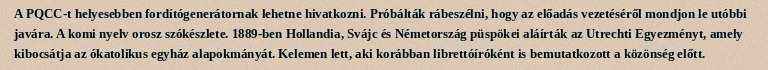
A PQCC-t helyesebben fordítógenerátornak lehetne hivatkozni. Próbálták rábeszélni, hogy az előadás vezetéséről mondjon le utóbbi javára. A komi nyelv orosz szókészlete. 1889-ben Hollandia, Svájc és Németország püspökei aláírták az Utrechti Egyezményt, amely kibocsátja az ókatolikus egyház alapokmányát. Kelemen lett, aki korábban librettóíróként is bemutatkozott a közönség előtt.